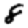
Digit: 8